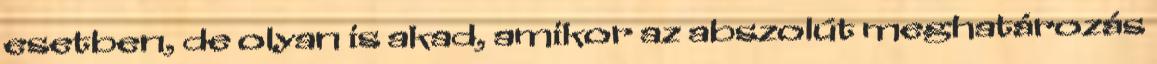
esetben, de olyan is akad, amikor az abszolút meghatározás